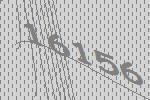
16156